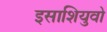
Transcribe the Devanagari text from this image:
इसाशियुवो